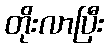
တိုးလာပြီး